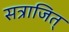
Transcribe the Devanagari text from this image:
सत्राजित्